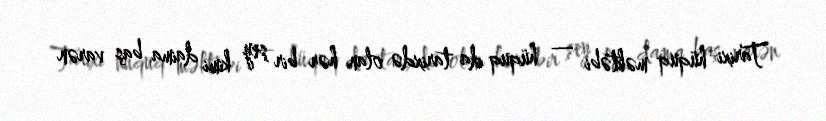
Tarixi hüquq məktəbi — hüquq da tarixdə olan hər bir şey kimi daima baş varən